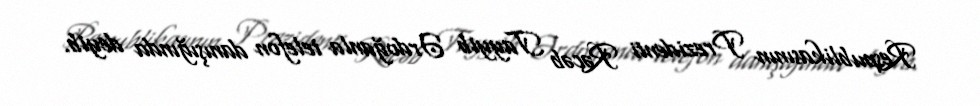
Respublikasının Prezidenti Rəcəb Tayyib Ərdoğanla telefon danışığında deyib.